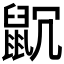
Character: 𪕁